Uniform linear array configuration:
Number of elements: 12
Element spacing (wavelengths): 0.5
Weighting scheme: uniform
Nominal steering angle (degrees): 30
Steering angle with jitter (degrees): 28.835
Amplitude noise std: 0.05
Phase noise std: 0.05

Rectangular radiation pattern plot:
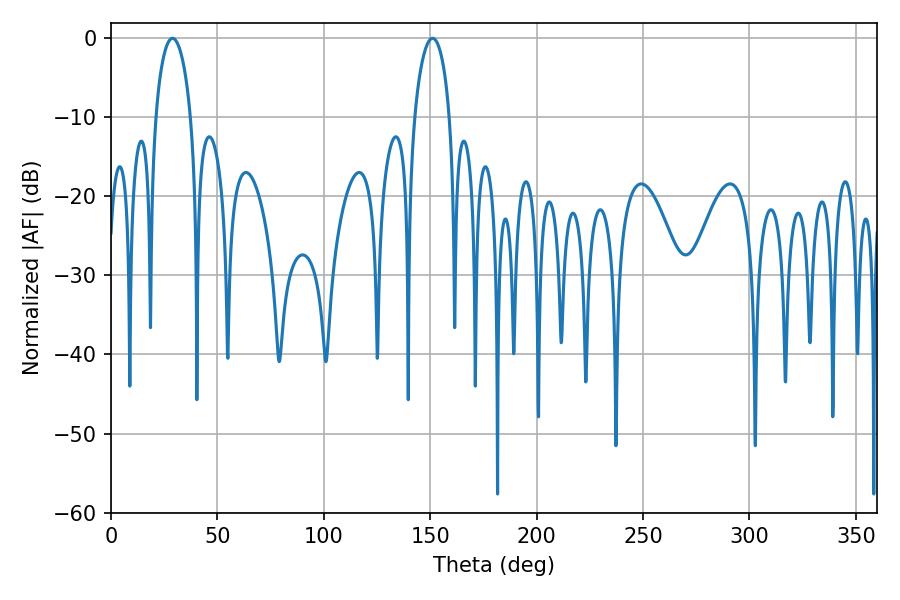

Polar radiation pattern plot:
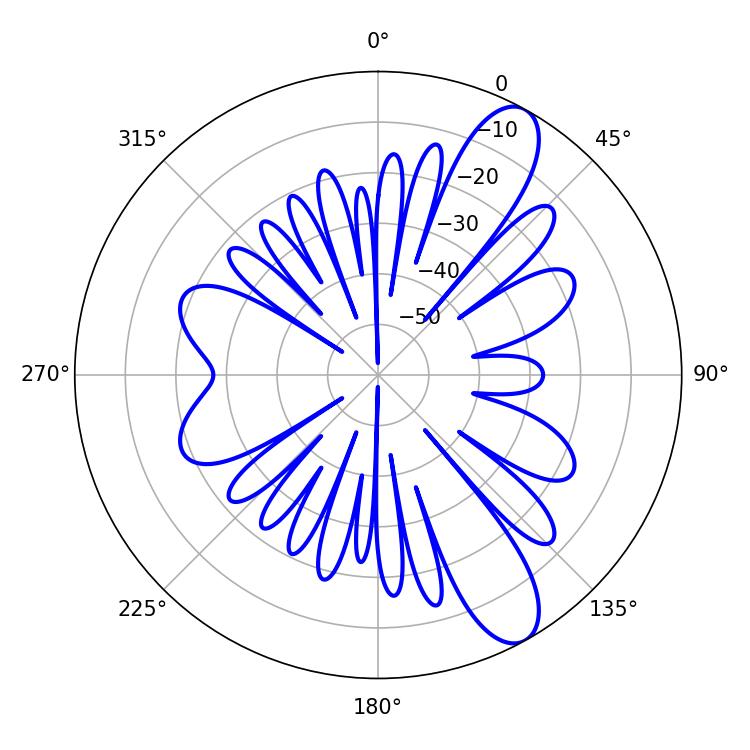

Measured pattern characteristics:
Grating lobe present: FALSE
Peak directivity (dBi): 10.572
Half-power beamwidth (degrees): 9.36
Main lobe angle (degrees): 28.98